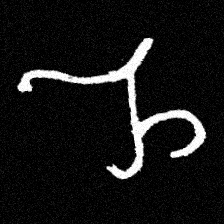
Pyu character \u2014 Myanmar letter: ည (romanized: nya)